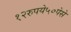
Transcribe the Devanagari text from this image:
१२रुपये५०पेसे